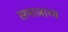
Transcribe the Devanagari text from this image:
समाजाच्य